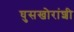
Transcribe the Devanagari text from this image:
घुसखोरांशी